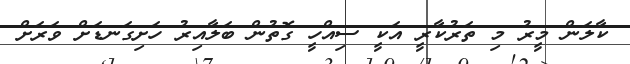
ކާލަން މީރު މި ތަރުކާރީ އަކީ ސިއްހީ ގޮތުން ބަލާއިރު ހަށިގަނޑަށް ވަރަށް